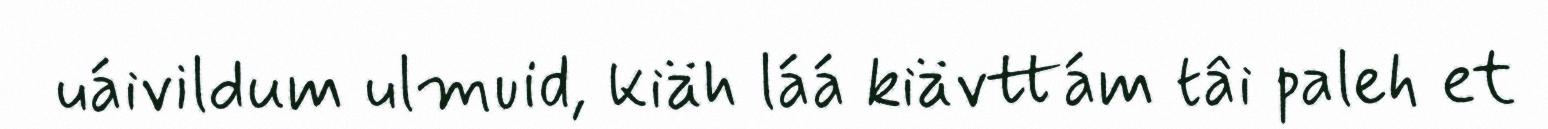
uáivildum ulmuid, kiäh láá kiävttám tâi paleh et